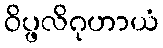
ဝိပ္ဖလိဂုဟာယံ